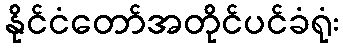
နိုင်ငံတော်အတိုင်ပင်ခံရုံး